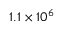
1 . 1 \times 1 0 ^ { 6 }